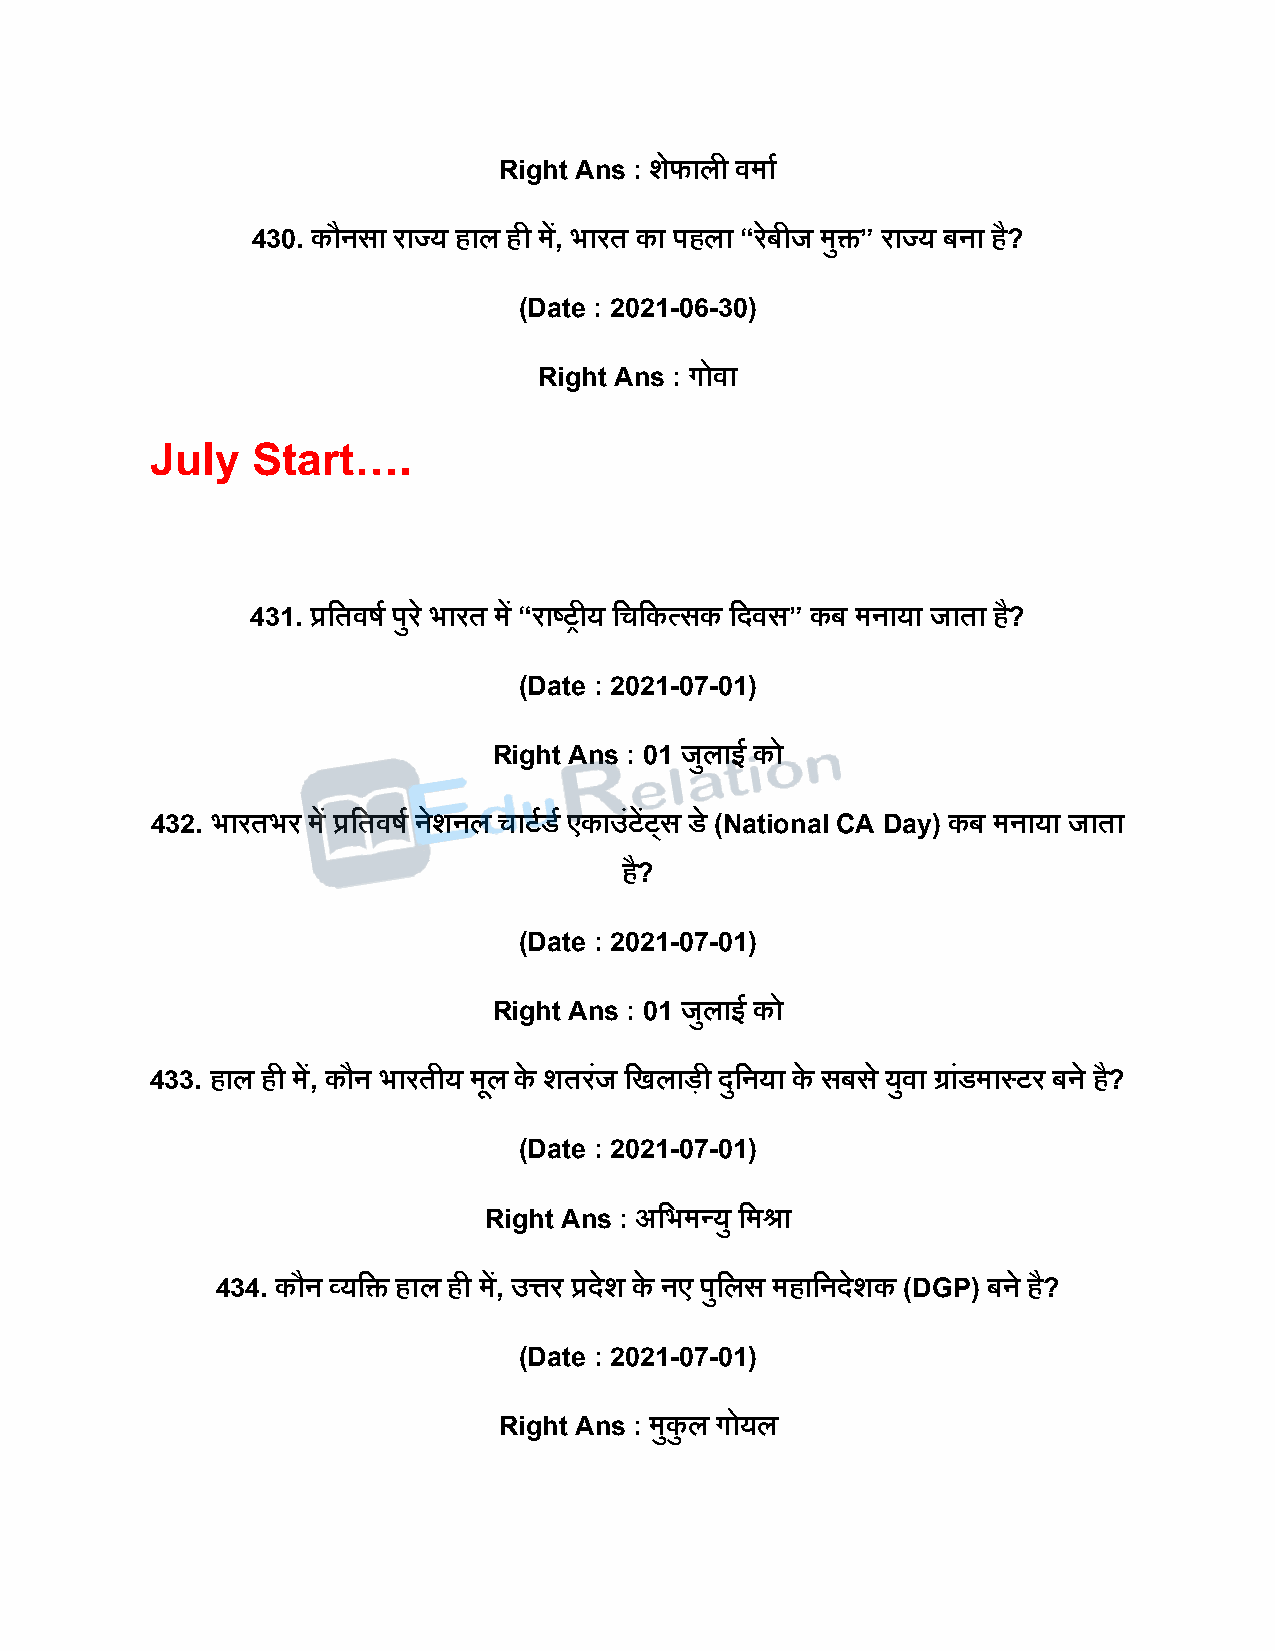
Right Ans : शेफाली वमाष
 430. कौनसा राज्य हाल ही में, भारत का िहला “रबे ीज मुि” राज्य बना है?
 (Date : 2021-06-30)
 Right Ans : गोवा
 July   Start….
 431. प्रदतवर्ष िुर े भारत में “राष्ट्रीय दचदकत्सक दिवस” कब मनाया जाता ह?ै
 (Date : 2021-07-01)
 Right Ans : 01 जुलाई को
 432. भारतभर में प्रदतवर्ष नेशनल चाटषडष एकाउंटेंटडस डे (National CA Day) कब मनाया जाता
 है?
 (Date : 2021-07-01)
 Right Ans : 01 जुलाई को
 433. हाल ही में, कौन भारतीय मूल के शतरजं दखलािी िुदनया के सबस े युवा ग्रांडमास्टर बने है?
 (Date : 2021-07-01)
 Right Ans : अदभमन्यु दमश्रा
 434. कौन व्यदि हाल ही में, उत्तर प्रिेश के नए िुदलस महादनिेशक (DGP) बने है?
 (Date : 2021-07-01)
 Right Ans : मुकु ल गोयल